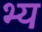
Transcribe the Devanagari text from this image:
भ्य